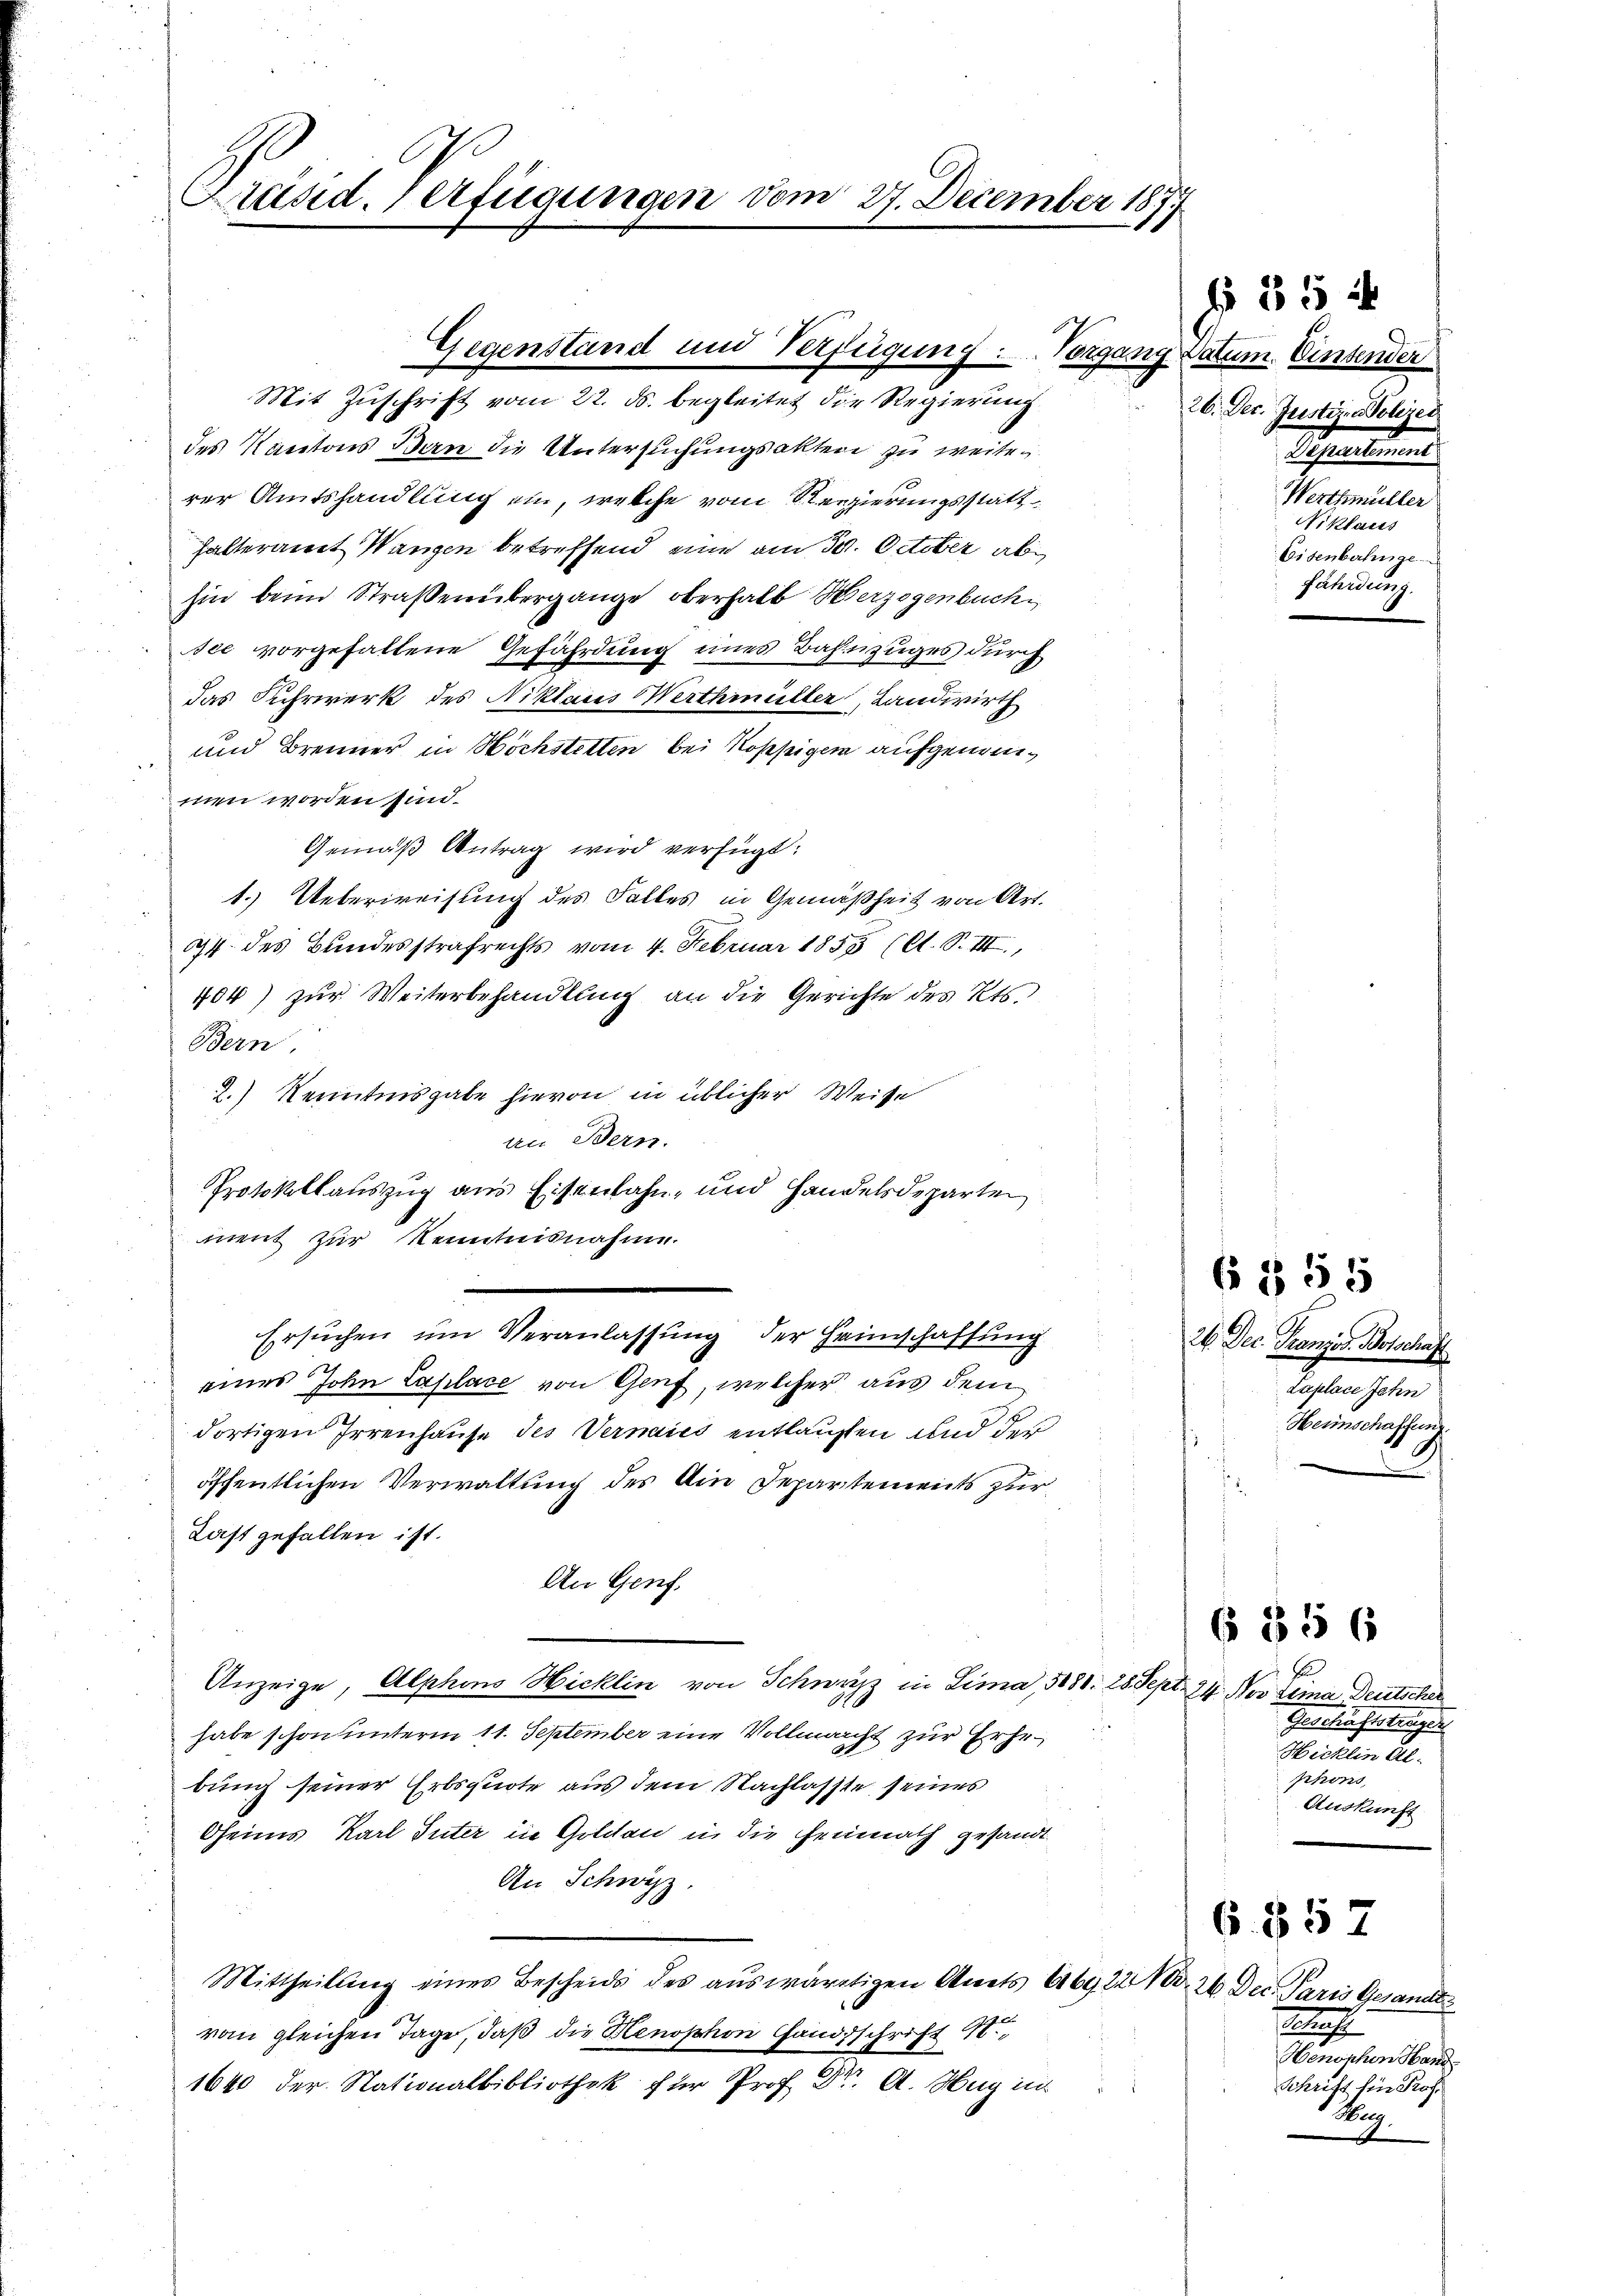
Präsid. Verfügungen vom 27. December 1877

Gegenstand und Verfügung. Vorgang Datum. Einsender
Mit Zuschrift vom 22. ds. begleitet die Regierung

des Kantons Ban die Untersuchungsakten zu weiterer Amtshandlung ein, welche vom Regierungsstatt
halteramt Wangen betreffend eine am 30. October ab
hin beim Straßenübergange oberhalb Herzogenbuch
see vorgefallene Gefährdung eines Bahnzuges durch
das Fuhrwerk des Niklares Werthmüller, Landwirth
und Brenner in Höchstetten bei Rosseigen aufgenommen worden sind.
Gemäß Antrag wird verfügt:
1.) Ueberweisung des Falles in Gemäßheit von Art.
it des Bundesstrafrechts vom 4. Februar 1855 (lt. S. III.,
404) zur Weiterbehandlung an die Gerichte des Kts.
Bern,
2.) Kenntnisgabe hievon in üblicher Weise
an Bern.
eines John Laplace von Genf, welcher aus dem
dortigen Irrenhause des Vernaies entlaufen und der
öffentlichen Verwaltung des Ain Departements zur
Last gefallen ist.
An Genf.
Anzeige, Alphons Hicklin von Schwazz in Lima, 5181. 28 Sept.
habe schon unterm 11. September eine Vollmacht zur Erhebung seiner Erbsquote aus dem Nachlasste, seines
Oheims Karl Suter in Goldau in die Heimath gesandt
An Schwyz.
Mittheilung eines Bescheids des auswärtigen Amts A6922 No 26 Dec. Paris Gesandts
von gleichen Tage, daß die Henophon Handsschrift St.
1640 der Nationalbibliothek für Prof. Dr. A. Hug in

Protokollauszug aus Eisenbahn- und Handelsdeparten
ment zur Kenntnisnahme.
e
Ersuchen um Veranlassung der Heimschaffung

f 55 x
26. Dec. Justiz. Polize
Schadens
Werthmüller
Niklaus
Eisenbahnge
fährdung.

6 § 55

26. Dec. Französ. Botschaft
Laplace Jahn
Heimschaffung

.
24. Nov seina Deutscher
Geschäftsträger
Hicklin Al-
phons,
Auskunft

856

685 x

Betrach
Henonchen Hand
Schrift für Prof.
Weg.